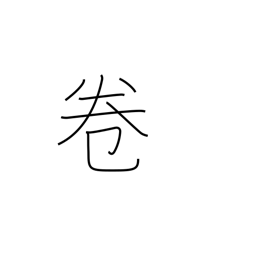
Meaning: part